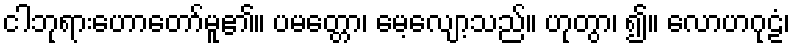
ငါဘုရားဟောတော်မူ၏။ ပမတ္တော၊ မေ့လျော့သည်။ ဟုတွာ၊ ၍။ လောဟဂုဠံ၊